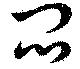
悶